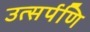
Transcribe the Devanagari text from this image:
उत्सर्पणि